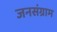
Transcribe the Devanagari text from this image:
जनसंग्राम